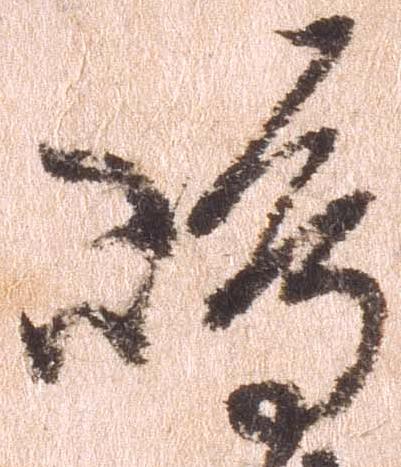
島